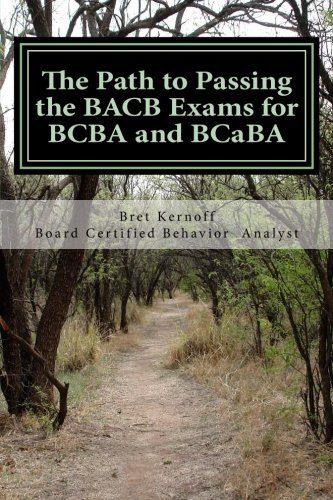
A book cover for The Path to Passing the BACB Exams for BCBA and BCaBA; Bret Kernoff BCBA; Medical Books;